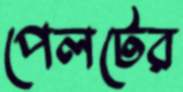
পেলটের